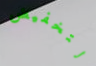
لتخفيض